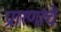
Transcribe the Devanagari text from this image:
प्रारणांचे